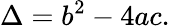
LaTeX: \Delta=b^{2}-4ac.